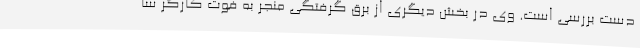
دست بررسی است. وی در بخش دیگری از برق گرفتگی منجر به فوت کارگر سا